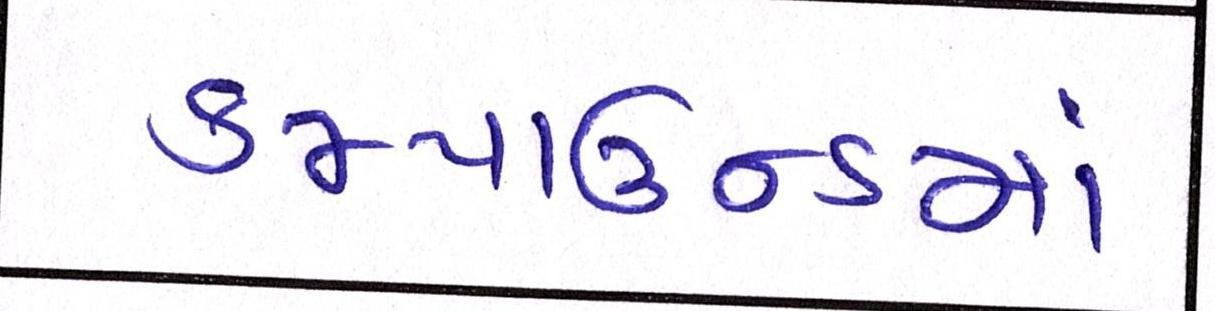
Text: કમ્પાઉન્ડમાં